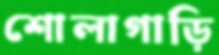
শোলাগাড়ি